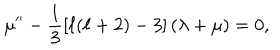
\mu ^ { \prime \prime } - \frac { 1 } { 3 } \left[ \ell ( \ell + 2 ) - 3 \right] \left( \lambda + \mu \right) = 0 ,